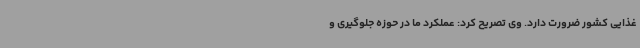
غذایی کشور ضرورت دارد. وی تصریح کرد: عملکرد ما در حوزه جلوگیری و